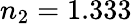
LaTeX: n_{2}=1.333